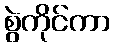
စွဲကိုင်ကာ